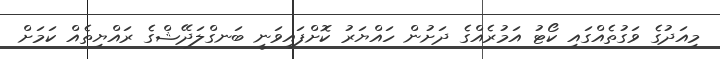
މިއަދުގެ ވަގުތެއްގައި ކޯޓު އަމުރެއްގެ ދަށުން ހައްޔަރު ކޮށްފައިވަނީ ބަނގްލަދޭޝްގެ ރައްޔިތެއް ކަމަށް